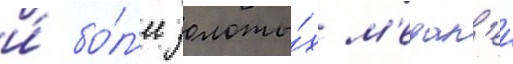
и́ бо́л'ее золоты́х м'едал'еи